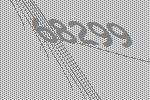
68299